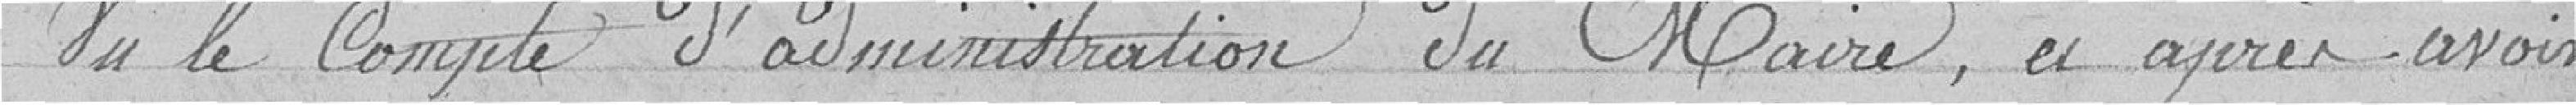
Vu le Compte d'administration du Maire, et après avoir